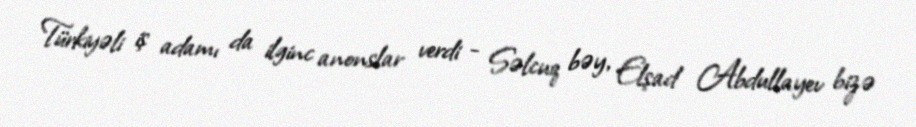
Türkiyəli iş adamı da ilginc anonslar verdi - Səlcuq bəy, Elşad Abdullayev bizə